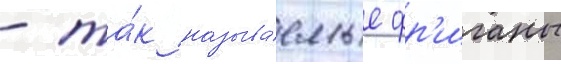
- та́к называ́емые фр'иганы